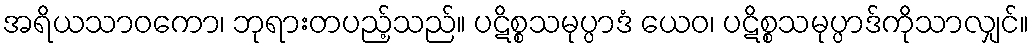
အရိယသာဝကော၊ ဘုရားတပည့်သည်။ ပဋိစ္စသမုပ္ပာဒံ ယေဝ၊ ပဋိစ္စသမုပ္ပာဒ်ကိုသာလျှင်။